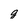
Character: g